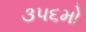
૩૫૬મો